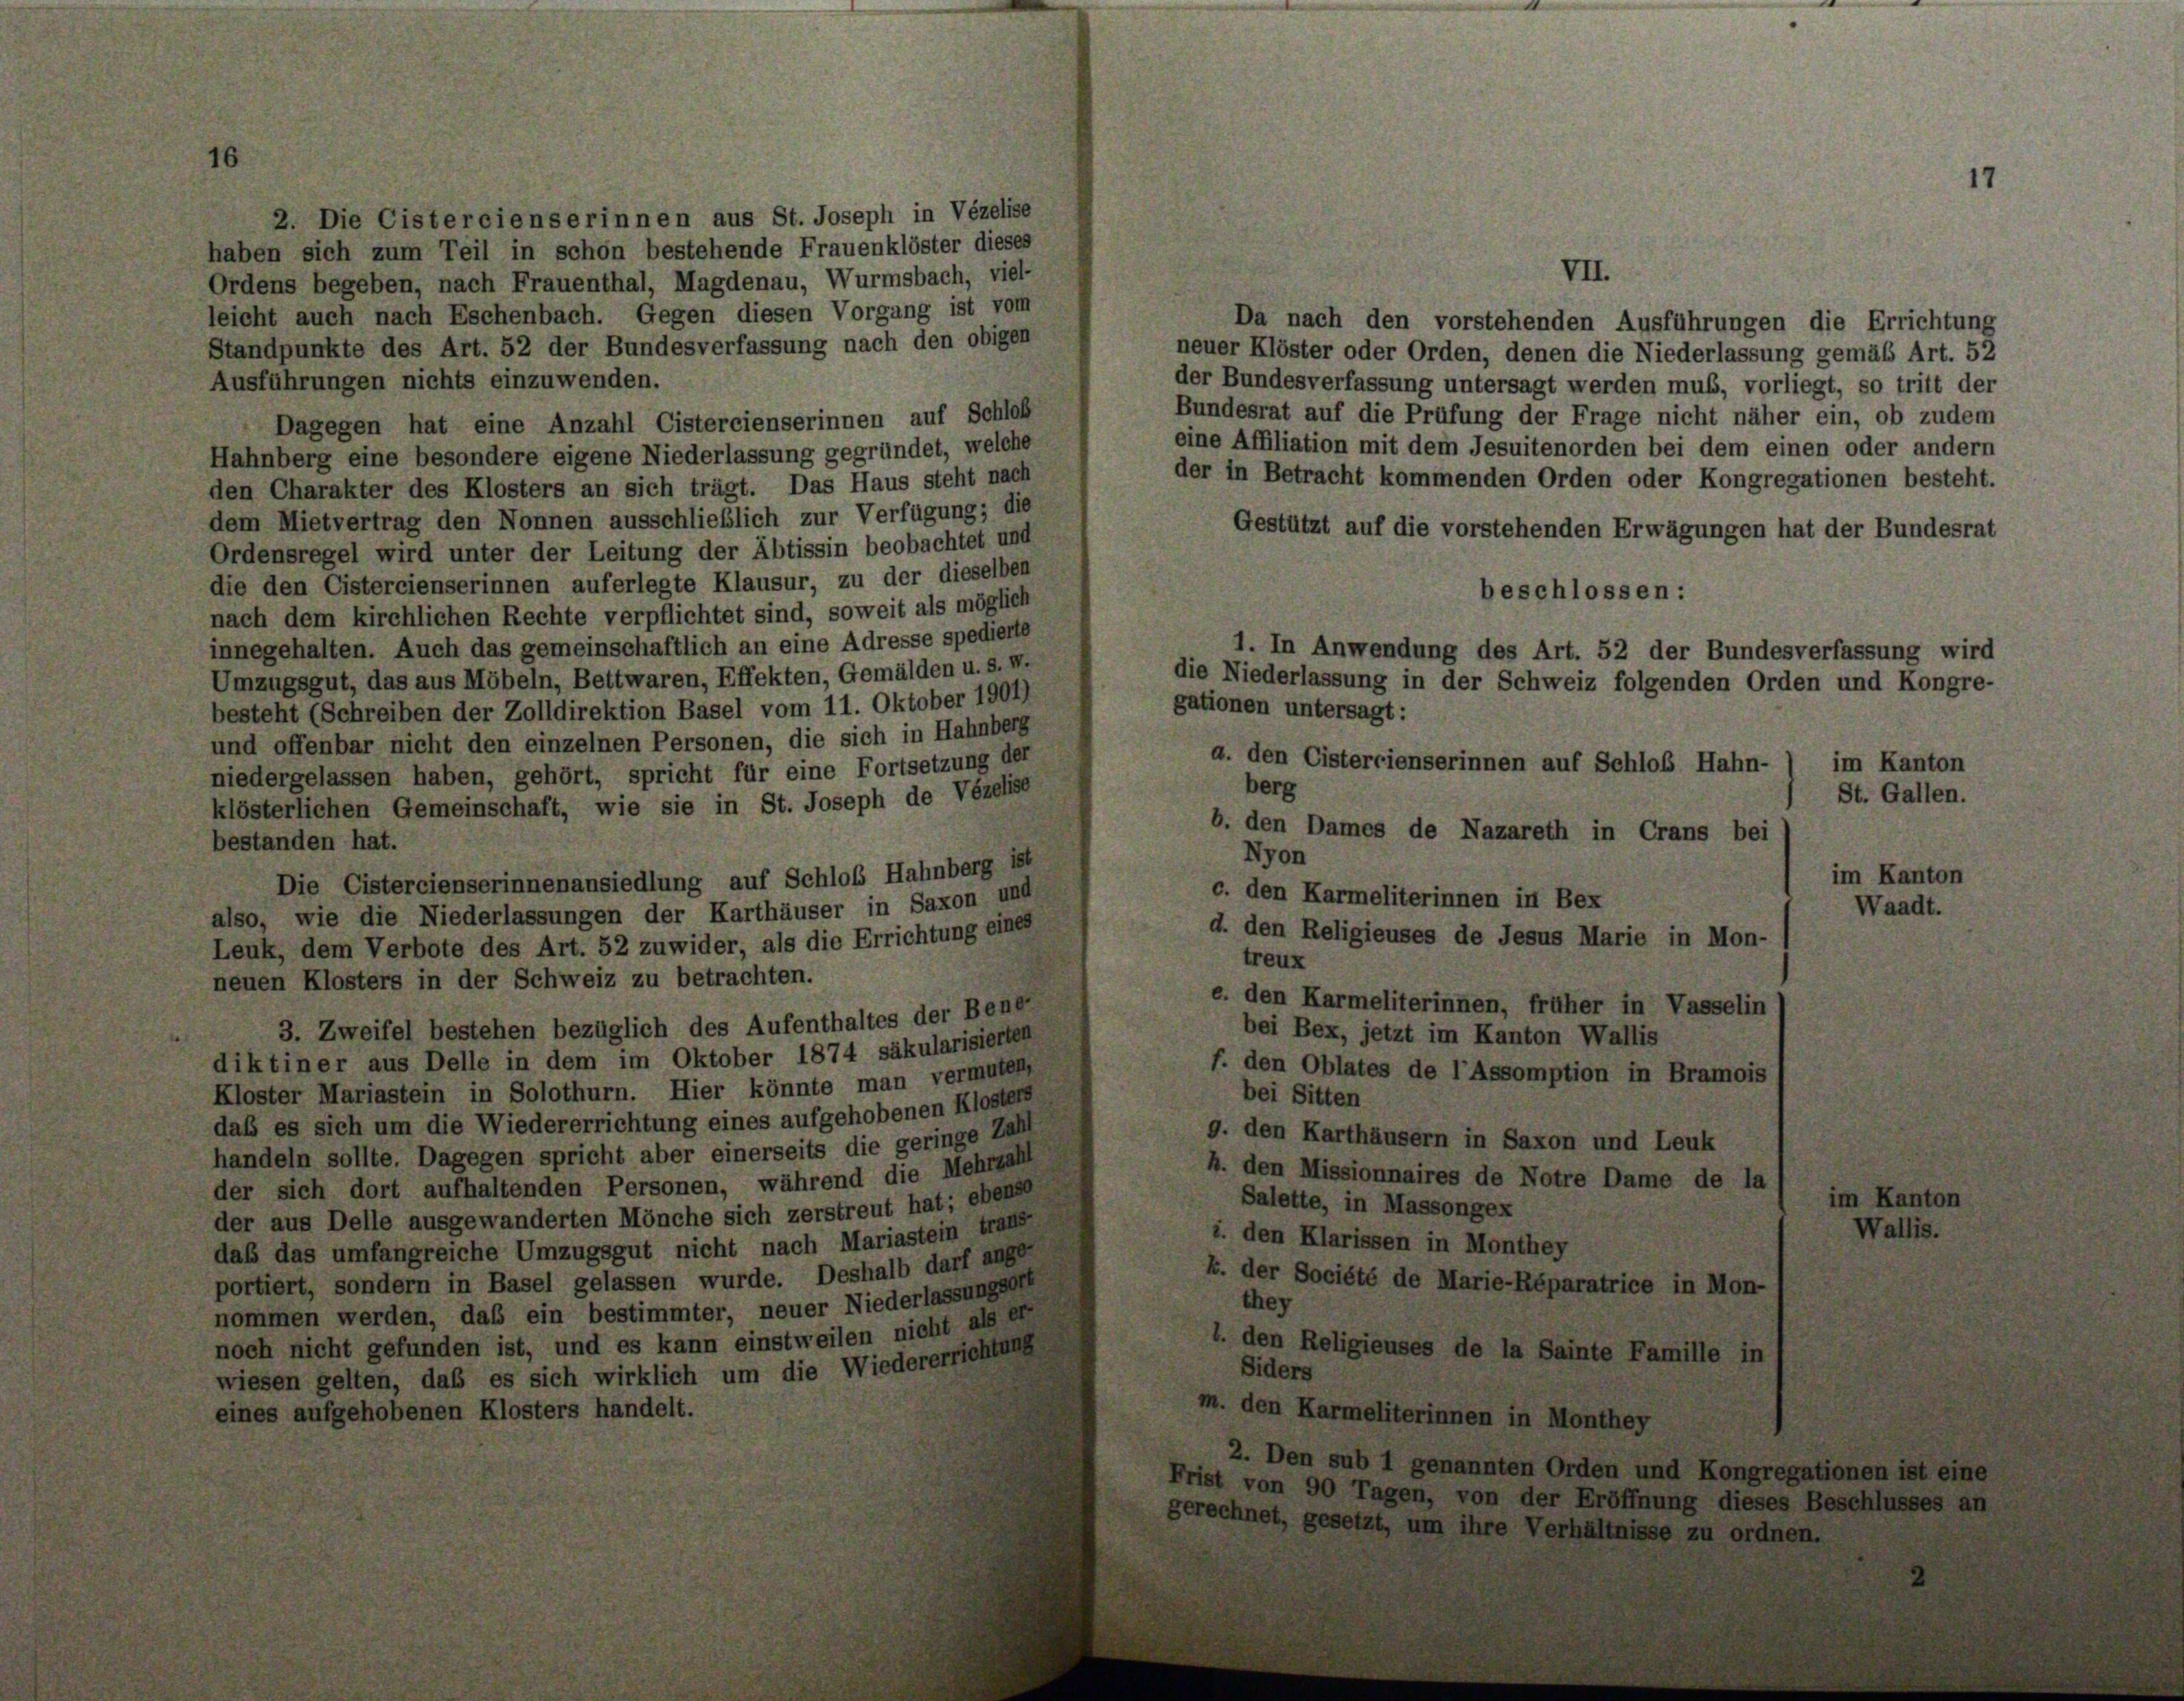
2. Die Cistercienserinnen aus St. Joseph in Vézelise
haben sich zum Teil in schon bestehende Frauenklöster dieses
Ordens begeben, nach Frauenthal, Magdenau, Wurmsbach, viel-
leicht auch nach Eschenbach. Gegen diesen Vorgang ist vom
Da nach den vorstehenden Ausführungen die Errichtung
Standpunkte des Art. 52 der Bundesverfassung nach den obigen
neuer Klöster oder Orden, denen die Niederlassung gemäß Art. 52
Ausführungen nichts einzuwenden.
der Bundesverfassung untersagt werden muß, vorliegt, so tritt der
Bundesrat auf die Prüfung der Frage nicht näher ein, ob zudem
Dagegen hat eine Anzahl Cistercienserinnen auf Schlob
eine Affiliation mit dem Jesuitenorden bei dem einen oder andern
Hahnberg eine besondere eigene Niederlassung gegründet, welche
der in Betracht kommenden Orden oder Kongregationen besteht.
den Charakter des Klosters an sich trägt. Das Haus steht nach
dem Mietvertrag den Nonnen ausschließlich zur Verfügung; die
Gestützt auf die vorstehenden Erwägungen hat der Bundesrat
Ordensregel wird unter der Leitung der Äbtissin beobachtet und
die den Cistercienserinnen auferlegte Klausur, zu der dieselben
beschlossen:
nach dem kirchlichen Rechte verpflichtet sind, soweit als möglich
innegehalten. Auch das gemeinschaftlich an eine Adresse spedierte
1. In Anwendung des Art. 52 der Bundesverfassung wird
Umzugsgut, das aus Möbeln, Bettwaren, Effekten, Gemälden u. s. w.
die Niederlassung in der Schweiz folgenden Orden und Kongre-
gationen untersagt:
besteht (Schreiben der Zolldirektion Basel vom 11. Oktober 1901)
und offenbar nicht den einzelnen Personen, die sich in Hahnberg
a. den Cistercienserinnen auf Schloß Hahn-
niedergelassen haben, gehört, spricht für eine Fortsetzung der
berg
klösterlichen Gemeinschaft, wie sie in St. Joseph de Vézelise
b. den Dames de Nazareth in Crans bei
bestanden hat.
Nyon
im Ka
Die Cistercienserinnenansiedlung auf Schloß Hahnberg ist
c. den Karmeliterinnen in Bex
Wa
also, wie die Niederlassungen der Karthäuser in Saxon und
d. den Religieuses de Jesus Marie in Mon-
Leuk, dem Verbote des Art. 52 zuwider, als die Errichtung eines
treux
neuen Klosters in der Schweiz zu betrachten.
e. den Karmeliterinnen, früher in Vasselin
3. Zweifel bestehen bezüglich des Aufenthaltes der Bene-
bei Bex, jetzt im Kanton Wallis
diktiner aus Delle in dem im Oktober 1874 säkularisierten
f. den Oblates de l’Assomption in Bramois
Kloster Mariastein in Solothurn. Hier könnte man vermuten,
bei Sitten
daß es sich um die Wiedererrichtung eines aufgehobenen Klosters
g. den Karthäusern in Saxon und Leuk
handeln sollte. Dagegen spricht aber einerseits die geringe Zahl
h. den Missionnaires de Notre Dame de la
der sich dort aufhaltenden Personen, während die Mehrzahl
im E
Salette, in Massongex
der aus Delle ausgewanderten Mönche sich zerstreut hat; ebensa
IV
i. den Klarissen in Monthey
das das umfangreiche Umzugsgut nicht nach Mariastein trans-
portiert, sondern in Basel gelassen wurde. Deshalb darf ange-
k. der Société de Marie-Réparatrice in Mon-
they
nommen werden, daß ein bestimmter, neuer Niederlassungsort
noch nicht gefunden ist, und es kann einstweilen nicht als er-
1. den Religieuses de la Sainte Famille in
Siders
wiesen gelten, daß es sich wirklich um die Wiedererrichtung
eines aufgehobenen Klosters handelt.
m. den Karmeliterinnen in Monthey

VII.

im Kanton
St. Gallen.

17